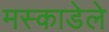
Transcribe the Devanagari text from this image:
मस्काडेले